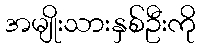
အမျိုးသားနှစ်ဦးကို